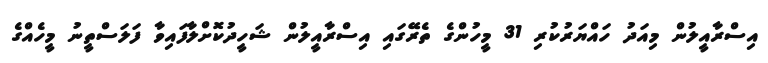
އިސްރާއީލުން މިއަދު ހައްޔަރުކުރި 31 މީހުންގެ ތެރޭގައި އިސްރާއީލުން ޝަހީދުކޮށްލާފައިވާ ފަލަސްތީނު މީހެއްގެ